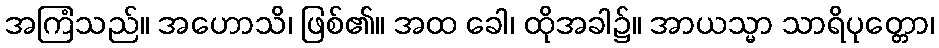
အကြံသည်။ အဟောသိ၊ ဖြစ်၏။ အထ ခေါ၊ ထိုအခါ၌။ အာယသ္မာ သာရိပုတ္တော၊